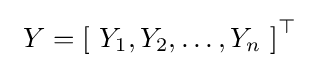
\ Y=\left[\ Y_{1},Y_{2},\ldots ,Y_{n}\ \right]^{\top }\